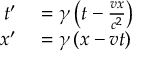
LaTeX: \begin{array} { r l } { t ^ { \prime } } & { { } = \gamma \left( t - { \frac { v x } { c ^ { 2 } } } \right) } \\ { x ^ { \prime } } & { { } = \gamma \left( x - v t \right) \, } \end{array}